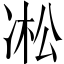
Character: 凇